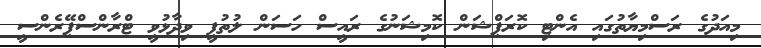
މިއަދުގެ ރަސްމިޔާތުގައި އެންޓި ކޮރަޕްޝަން ކޮމިޝަނުގެ ރައީސް ހަސަން ލުތުފީ ވިދާޅުވީ ޓްރާންސްޕޭރެންސީ